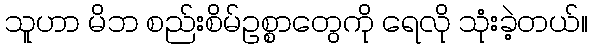
သူဟာ မိဘ စည်းစိမ်ဥစ္စာတွေကို ရေလို သုံးခဲ့တယ်။